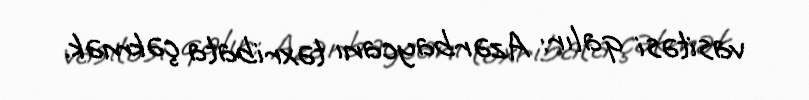
vasitəsi qalır: Azərbaycanı təxribata çəkmək.